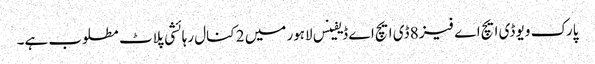
پارک ویو ڈی ایچ اے فیز 8 ڈی ایچ اے ڈیفینس لاہور میں 2 کنال رہائشی پلاٹ مطلوب ہے۔